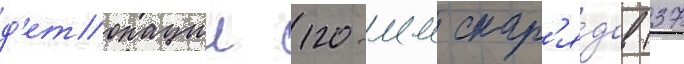
д'етонации 120-мм снар'я́дов (37